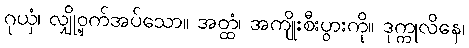
ဂုယှံ၊ လျှို့ဝှက်အပ်သော။ အတ္ထံ၊ အကျိုးစီးပွားကို။ ဒုက္ကုလိနေ၊